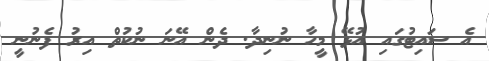
އެ ސައިޓުގައި އުޅޭ މީހާ ނުނިދާ. ދެން އޭނަ ނުކުތް އިރު ފެނުނީ